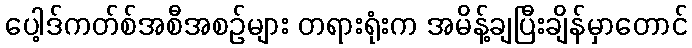
ပေါ့ဒ်ကတ်စ်အစီအစဉ်များ တရားရုံးက အမိန့်ချပြီးချိန်မှာတောင်